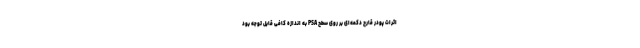
اثرات پودر قارچ دکمه‌ای بر روی سطح PSA به اندازه کافی قابل توجه بود